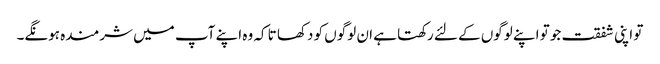
تو اپنی شفقت جو تو اپنے لوگوں کے لئے رکھتا ہے ان لوگوں کو دکھا تا کہ وہ اپنے آپ میں شرمندہ ہونگے۔